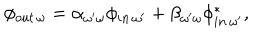
\phi _ { o u t \, \omega } = \alpha _ { \omega ^ { \prime } \omega } \phi _ { i n \, \omega ^ { \prime } } + \beta _ { \omega ^ { \prime } \omega } \phi _ { i n \, \omega ^ { \prime } } ^ { * } ,